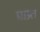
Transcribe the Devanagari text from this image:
प्राप्र्त